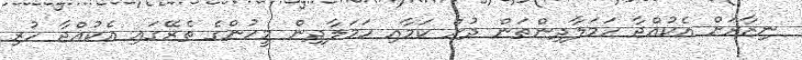
ނިޒާރަށް އެކުއްޖާ ހަމަލާދިންތަން ދުށް ކަމާއި ހަމަލާދިން މީހުންގެ ތެރޭގައި އެކުއްޖާ ހުރި